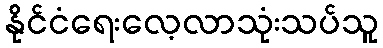
နိုင်ငံရေးလေ့လာသုံးသပ်သူ